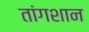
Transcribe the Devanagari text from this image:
तांगशान